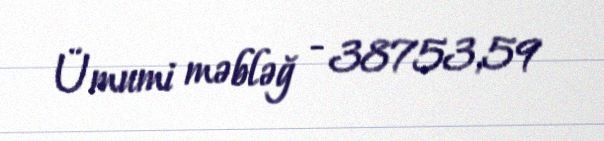
Ümumi məbləğ - 38753,59